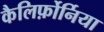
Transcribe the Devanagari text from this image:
कैलिर्फ़ोर्निया